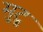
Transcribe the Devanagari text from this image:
मुटु